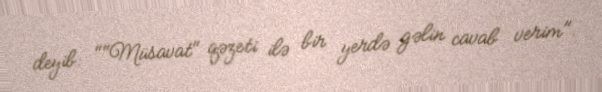
deyib: ""Müsavat" qəzeti ilə bir yerdə gəlin cavab verim".